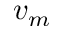
v _ { m }